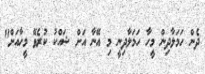
ދެން ހަމަލާދިން މީހާ ހަމަލާދިނީ މި އޭނާ އަށް ޝައްކު ކުރެވޭ މީހާއަށް"